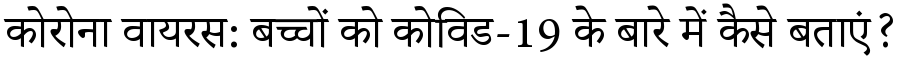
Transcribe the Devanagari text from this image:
कोरोना वायरस: बच्चों को कोविड-19 के बारे में कैसे बताएं?